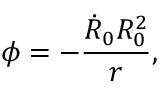
\phi = - \frac { \dot { R } _ { 0 } R _ { 0 } ^ { 2 } } { r } ,